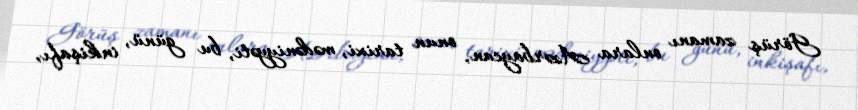
Görüş zamanı onlara Azərbaycan, onun tarixi, mədəniyyəti, bu günü, inkişafı,